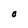
Character: O